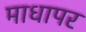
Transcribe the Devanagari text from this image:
माधापर